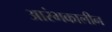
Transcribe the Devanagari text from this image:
आरंभकालीन